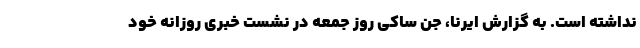
نداشته است. به گزارش ایرنا، جن ساکی روز جمعه در نشست خبری روزانه خود